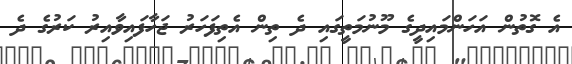
އެ ގޮތުން އަހަންމައިދީގެ މޫނުމަތީގައި ދެ ތިން އެތިފަހަރު ޖަހާފައިވާއިރު ކަރުގެ ދެ